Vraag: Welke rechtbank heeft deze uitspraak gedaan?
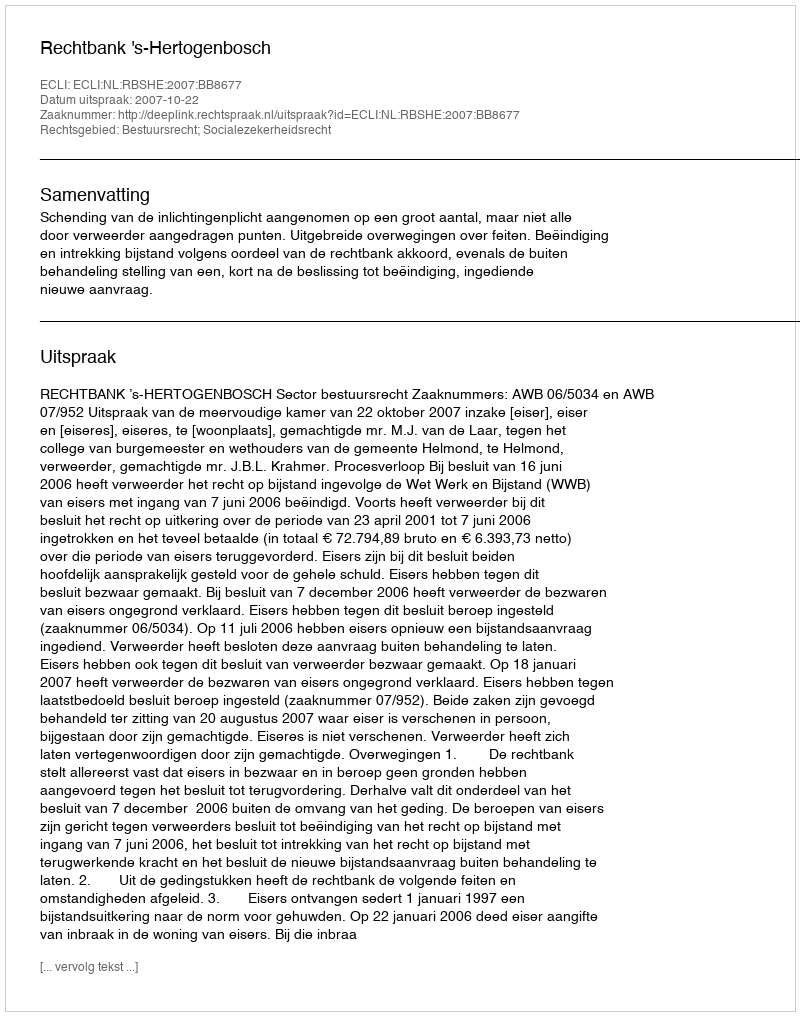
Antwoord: Rechtbank 's-Hertogenbosch